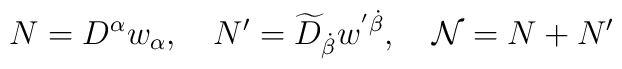
N = D^\alpha w_\alpha, \quad  N' = \widetilde{D}_{\dot{\beta}} w^{'\dot{\beta}}, \quad  \mathcal{N} = N + N'